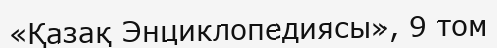
«Қазақ Энциклопедиясы», 9 том